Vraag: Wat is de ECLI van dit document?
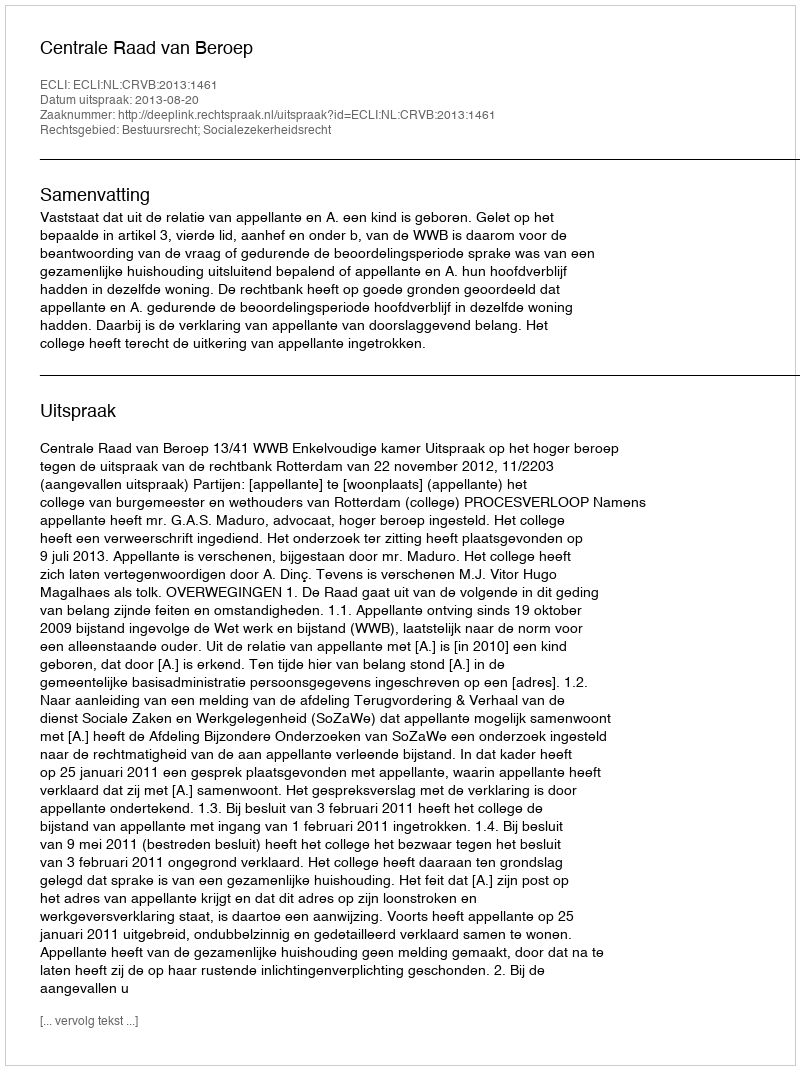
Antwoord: ECLI:NL:CRVB:2013:1461